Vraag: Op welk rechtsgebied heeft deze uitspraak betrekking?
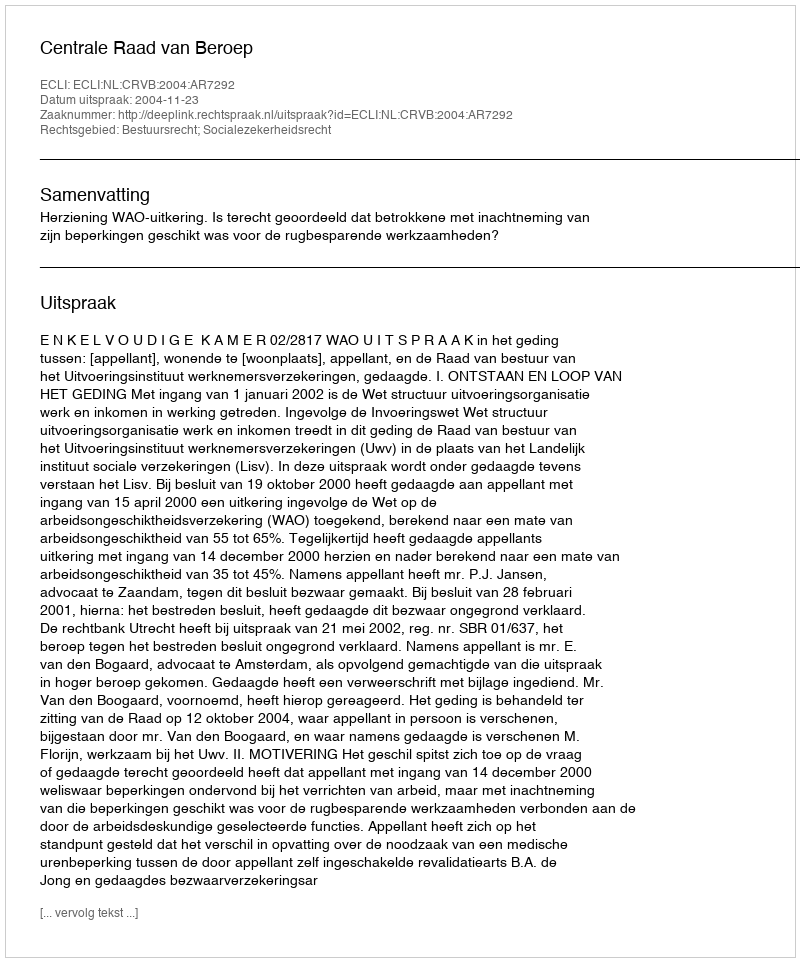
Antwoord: Bestuursrecht; Socialezekerheidsrecht